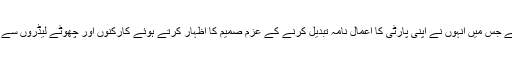
زرداری صاحب کے فرزند اور پی پی پی کے چیئرمین نے ایک معافی نامہ جاری کیا ہے جس میں انہوں نے اپنی پارٹی کا اعمال نامہ تبدیل کرنے کے عزمِ صمیم کا اظہار کرتے ہوئے کارکنوں اور چھوٹے لیڈروں سے اپیل کی ہے کہ وہ پارٹی چھوڑنے کی بجائے اس کی تعمیرِ نو میں فعال کردار ادا کریں۔